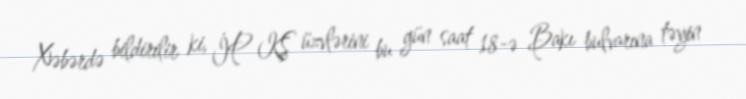
Xəbərdə bildirilir ki, İP KŞ üzvlərini bu gün saat 18-ə Bakı bulvarına təyin